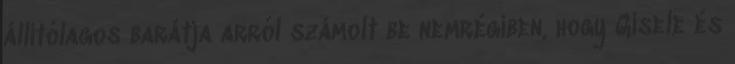
állítólagos barátja arról számolt be nemrégiben, hogy Gisele és